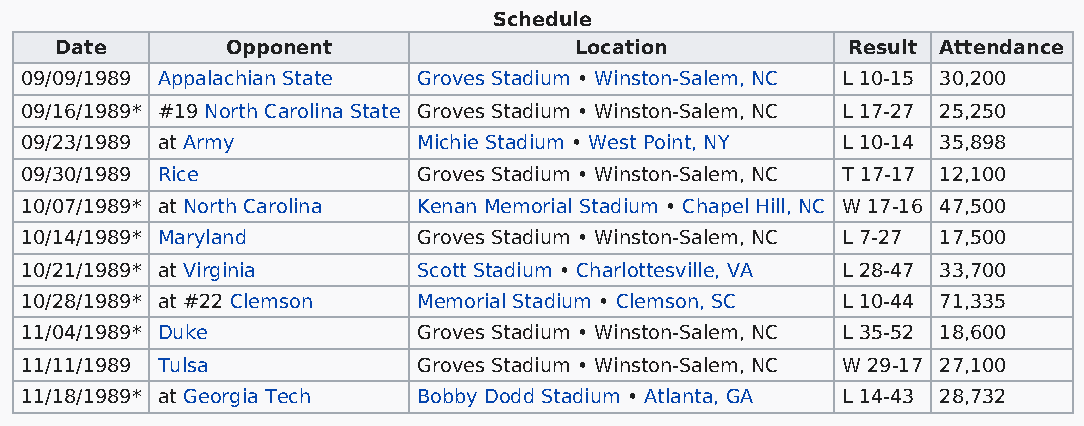
Schedule
 Date       Opponent               Location          Result Attendance
 09/09/1989 Appalachian State Groves Stadium • Winston-Salem, NC L 10-15 30,200
 09/16/1989* #19 North Carolina State Groves Stadium • Winston-Salem, NC L 17-27 25,250
 09/23/1989 at Army         Michie Stadium • West Point, NY L 10-14 35,898
 09/30/1989 Rice            Groves Stadium • Winston-Salem, NC T 17-17 12,100
 10/07/1989* at North Carolina Kenan Memorial Stadium • Chapel Hill, NC W 17-16 47,500
 10/14/1989* Maryland       Groves Stadium • Winston-Salem, NC L 7-27 17,500
 10/21/1989* at Virginia    Scott Stadium • Charlottesville, VA L 28-47 33,700
 10/28/1989* at #22 Clemson Memorial Stadium • Clemson, SC L 10-44 71,335
 11/04/1989* Duke           Groves Stadium • Winston-Salem, NC L 35-52 18,600
 11/11/1989 Tulsa           Groves Stadium • Winston-Salem, NC W 29-17 27,100
 11/18/1989* at Georgia Tech Bobby Dodd Stadium • Atlanta, GA L 14-43 28,732